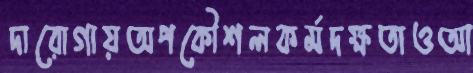
দারোগায়অপকৌশলকর্মদক্ষতাওআ